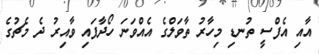
އާއި އެފްސީ ތުނޑި މިހާރު ތާވަލްގެ އެއްވަނަ ހޯދާފައި ވާއިރު ދެ މެޗުގެ